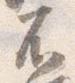
不